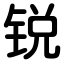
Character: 锐